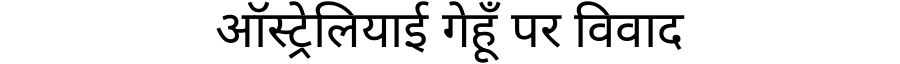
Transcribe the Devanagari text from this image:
ऑस्ट्रेलियाई गेहूँ पर विवाद